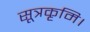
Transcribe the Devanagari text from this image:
सूत्रकृमि।